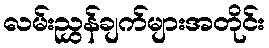
လမ်းညွှန်ချက်များအတိုင်း